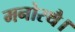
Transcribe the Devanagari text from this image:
मनोरथै।